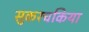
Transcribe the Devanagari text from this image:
सुकरचकिया